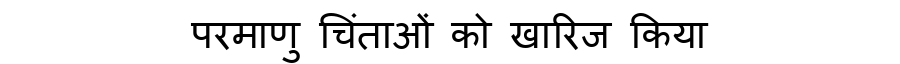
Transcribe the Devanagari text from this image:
परमाणु चिंताओं को खारिज किया